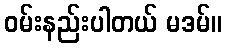
ဝမ်းနည်းပါတယ် မဒမ်။